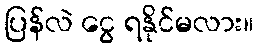
ပြန်လဲ ငွေ ရနိုင်မလား။